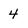
Character: 4